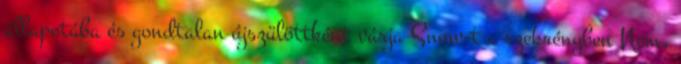
állapotába és gondtalan újszülöttként várja Snow-t a szekrényben Nem,